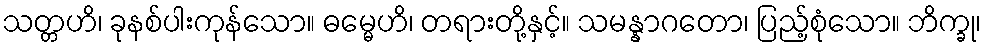
သတ္တဟိ၊ ခုနစ်ပါးကုန်သော။ ဓမ္မေဟိ၊ တရားတို့နှင့်။ သမန္နာဂတော၊ ပြည့်စုံသော။ ဘိက္ခု၊